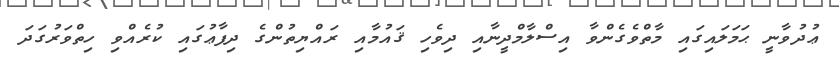
ޢުދުވާނީ ޙަމަލައިގައި މާތްވެގެންވާ އިސްލާމްދީނާއި ދިވެހި ޤައުމާއި ރައްޔިތުންގެ ދިފާޢުގައި ކުރެއްވި ހިތްވަރުގަދަ